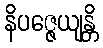
နိပဇ္ဇေယျန္တိ